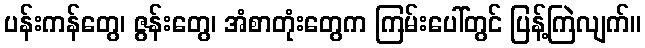
ပန်းကန်တွေ၊ ဇွန်းတွေ၊ အံစာတုံးတွေက ကြမ်းပေါ်တွင် ပြန့်ကြဲလျက်။